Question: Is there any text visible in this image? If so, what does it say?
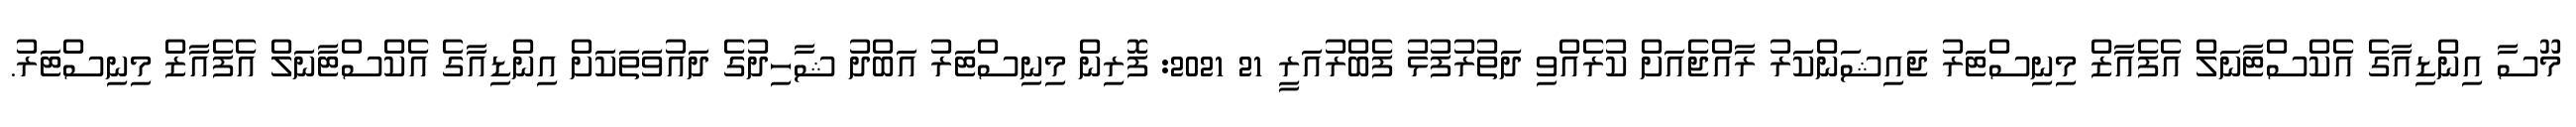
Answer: މޫސާ އިންޑިއާގެ އެކްސްޓާނަލް އެފެއާޒް މިނިސްޓަރު ޖައިޝަންކަރު ރާއްޖެއަށް ކުރެއްވި ދަތުރުފުޅު ފެބްރުއަރީ 21 2021: ފޮރިން މިނިސްޓަރު އަބްދު ޝާހިދުގެ ދައުވަތަކަށް އިންޑިއާގެ އެކްސްޓާނަލް އެފެއާޒް މިނިސްޓަރު.